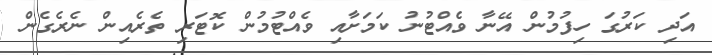
އަދި ކަރުގަ ހިފުމުން އޭނާ ވެއްޓުނު ކަމަށާއި ވެއްޓުމުން ކޮޓަރި ތެރެއިން ނެރެގެން